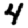
Digit: 4